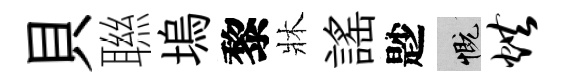
貝聮塢黎牀謡尟慨烘